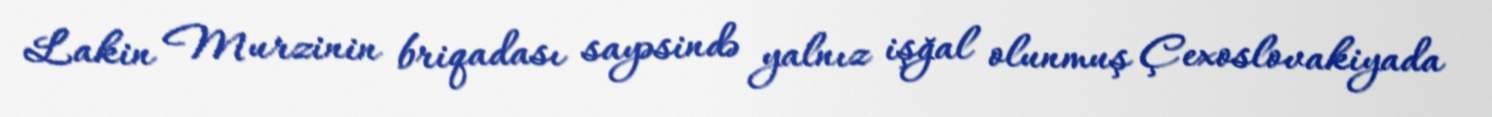
Lakin Murzinin briqadası sayəsində yalnız işğal olunmuş Çexoslovakiyada